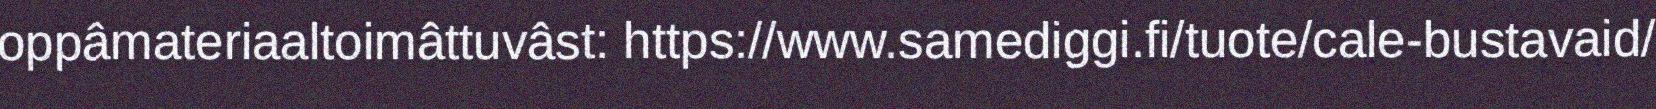
oppâmateriaaltoimâttuvâst: https://www.samediggi.fi/tuote/cale-bustavaid/